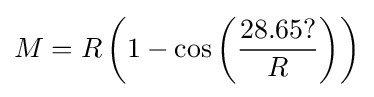
M=R\left(1-\cos \left({\frac {28.65{\text{?}}}{R}}\right)\right)